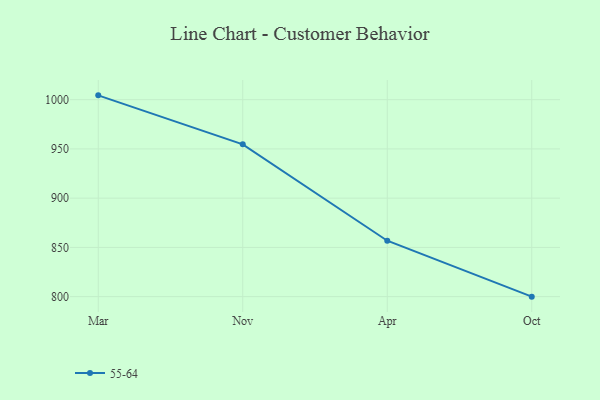
{"axis": {"x": "Month", "y": "Churn Rate (%)"}, "legend": ["55-64"], "data": [{"x": "Mar", "y": 1004.4, "type": "55-64"}, {"x": "Nov", "y": 954.7, "type": "55-64"}, {"x": "Apr", "y": 856.8, "type": "55-64"}, {"x": "Oct", "y": 800, "type": "55-64"}]}